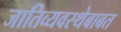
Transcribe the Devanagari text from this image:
जातिव्यवस्थेबाबत